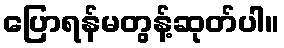
ပြောရန်မတွန့်ဆုတ်ပါ။